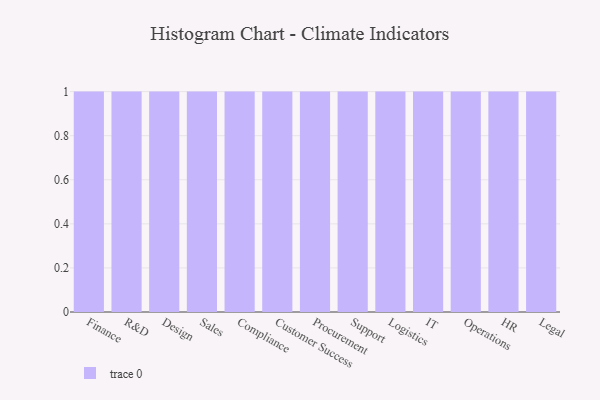
{"axis": {"x": "Department", "y": "Bounce Rate (%)"}, "legend": [""], "data": [{"x": "Finance", "y": 76, "type": ""}, {"x": "R&D", "y": 23, "type": ""}, {"x": "Design", "y": 63, "type": ""}, {"x": "Sales", "y": 7, "type": ""}, {"x": "Compliance", "y": 76, "type": ""}, {"x": "Customer Success", "y": 4, "type": ""}, {"x": "Procurement", "y": 93, "type": ""}, {"x": "Support", "y": 67, "type": ""}, {"x": "Logistics", "y": 84, "type": ""}, {"x": "IT", "y": 92, "type": ""}, {"x": "Operations", "y": 19, "type": ""}, {"x": "HR", "y": 9, "type": ""}, {"x": "Legal", "y": 3, "type": ""}]}